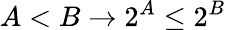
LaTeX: A<B\to 2^{A}\leq 2^{B}